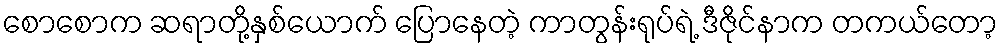
စောစောက ဆရာတို့နှစ်ယောက် ပြောနေတဲ့ ကာတွန်းရုပ်ရဲ့ ဒီဇိုင်နာက တကယ်တော့